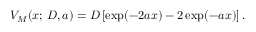
V _ { M } ( x ; \, D , a ) = D \left[ \exp ( - 2 a x ) - 2 \exp ( - a x ) \right] .